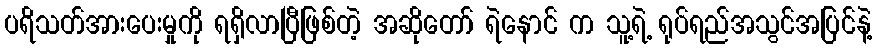
ပရိသတ်အားပေးမှုကို ရရှိလာပြီဖြစ်တဲ့ အဆိုတော် ရဲနောင် က သူ့ရဲ့ ရုပ်ရည်အသွင်အပြင်နဲ့